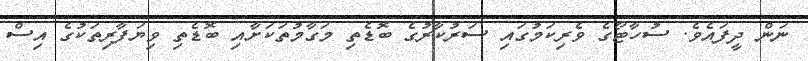
ނަން ދީފައެވެ. ސުހާޓޯގެ ވެރިކަމުގައި ސަރުކާރުގެ ބޮޑެތި މަގާމުތަކަށާއި ބޮޑެތި ވިޔަފާރިތަކުގެ އިސް